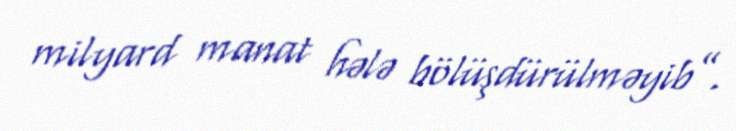
milyard manat hələ bölüşdürülməyib”.